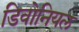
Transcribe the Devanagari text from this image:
डिवोनियल